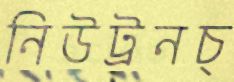
নিউট্রনচ্